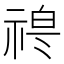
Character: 𱵘